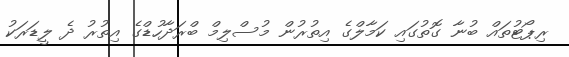
ރިޕޯޓުތައް ބުނާ ގޮތުގައި ކަމާލްގެ އިތުރުން މުސްލިމް ބްރަދާހުޑްގެ އިތުރު ދެ ލީޑަރަކު